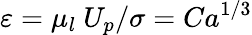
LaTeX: \varepsilon=\mu_{l}\ U_{p}/\sigma=Ca^{1/3}